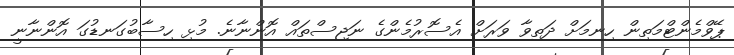
ޕޭވްމެންޓްމަތިން ހިނމަށް ދަތިވާ ވަރަށް އެސޮރުމެންގެ ނަޖިސްތައް އޮންނާނެ. މުޅި ހިސާބުގަނޑުގަ އޮންނާނީ